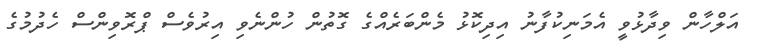
އަލްހާން ވިދާޅުވީ އެމަނިކުފާނު އިދިކޮޅު މެންބަރެއްގެ ގޮތުން ހުންނެވި އިރުވެސް ޕްރޮވިންސް ހެދުމުގެ